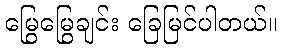
မြွေမြွေချင်း ခြေမြင်ပါတယ်။